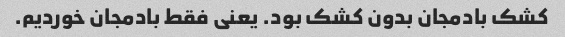
کشک بادمجان بدون کشک بود. یعنی فقط بادمجان خوردیم.